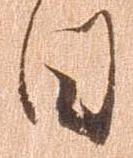
日